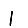
Digit: 1